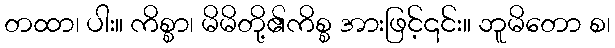
တထာ၊ ပါး။ ကိစ္စာ၊ မိမိတို့၏ကိစ္စ အားဖြင့်၎င်း။ ဘူမိတော စ၊